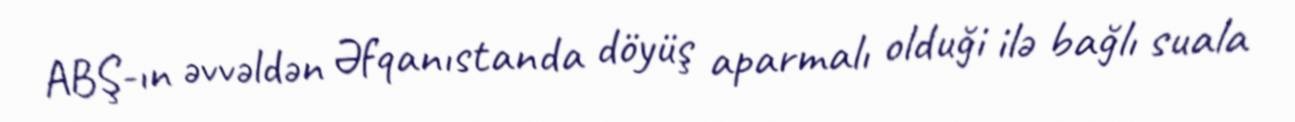
ABŞ-ın əvvəldən Əfqanıstanda döyüş aparmalı olduği ilə bağlı suala